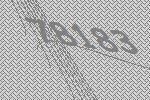
78183